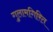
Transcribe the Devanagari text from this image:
गुलामगिरित